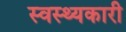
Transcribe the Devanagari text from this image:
स्वस्थ्यकारी